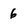
Character: 6